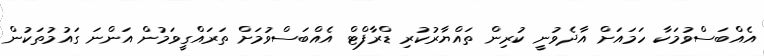
އެއްބަސްވުމަކާ ހަމައަށް އާދެވުނީ ކުރިން ތައްޔާރުކުރި ޑްރާފްޓް އެއްބަސްވުމަށް ތަރައްގީވަމުން އަންނަ ގައުމުތަކުން